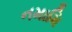
નમામિ